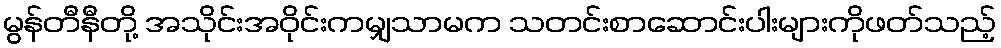
မွန်တီနီတို့ အသိုင်းအဝိုင်းကမျှသာမက သတင်းစာဆောင်းပါးများကိုဖတ်သည့်